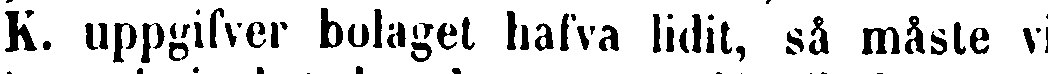
K. uppgifver bolaget hafva lidit, så måste vi